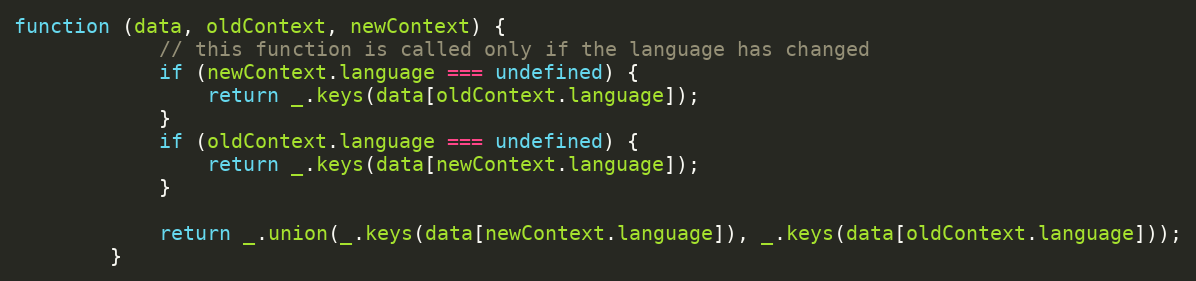
Language: JavaScript
function (data, oldContext, newContext) {
            // this function is called only if the language has changed
            if (newContext.language === undefined) {
                return _.keys(data[oldContext.language]);
            }
            if (oldContext.language === undefined) {
                return _.keys(data[newContext.language]);
            }

            return _.union(_.keys(data[newContext.language]), _.keys(data[oldContext.language]));
        }